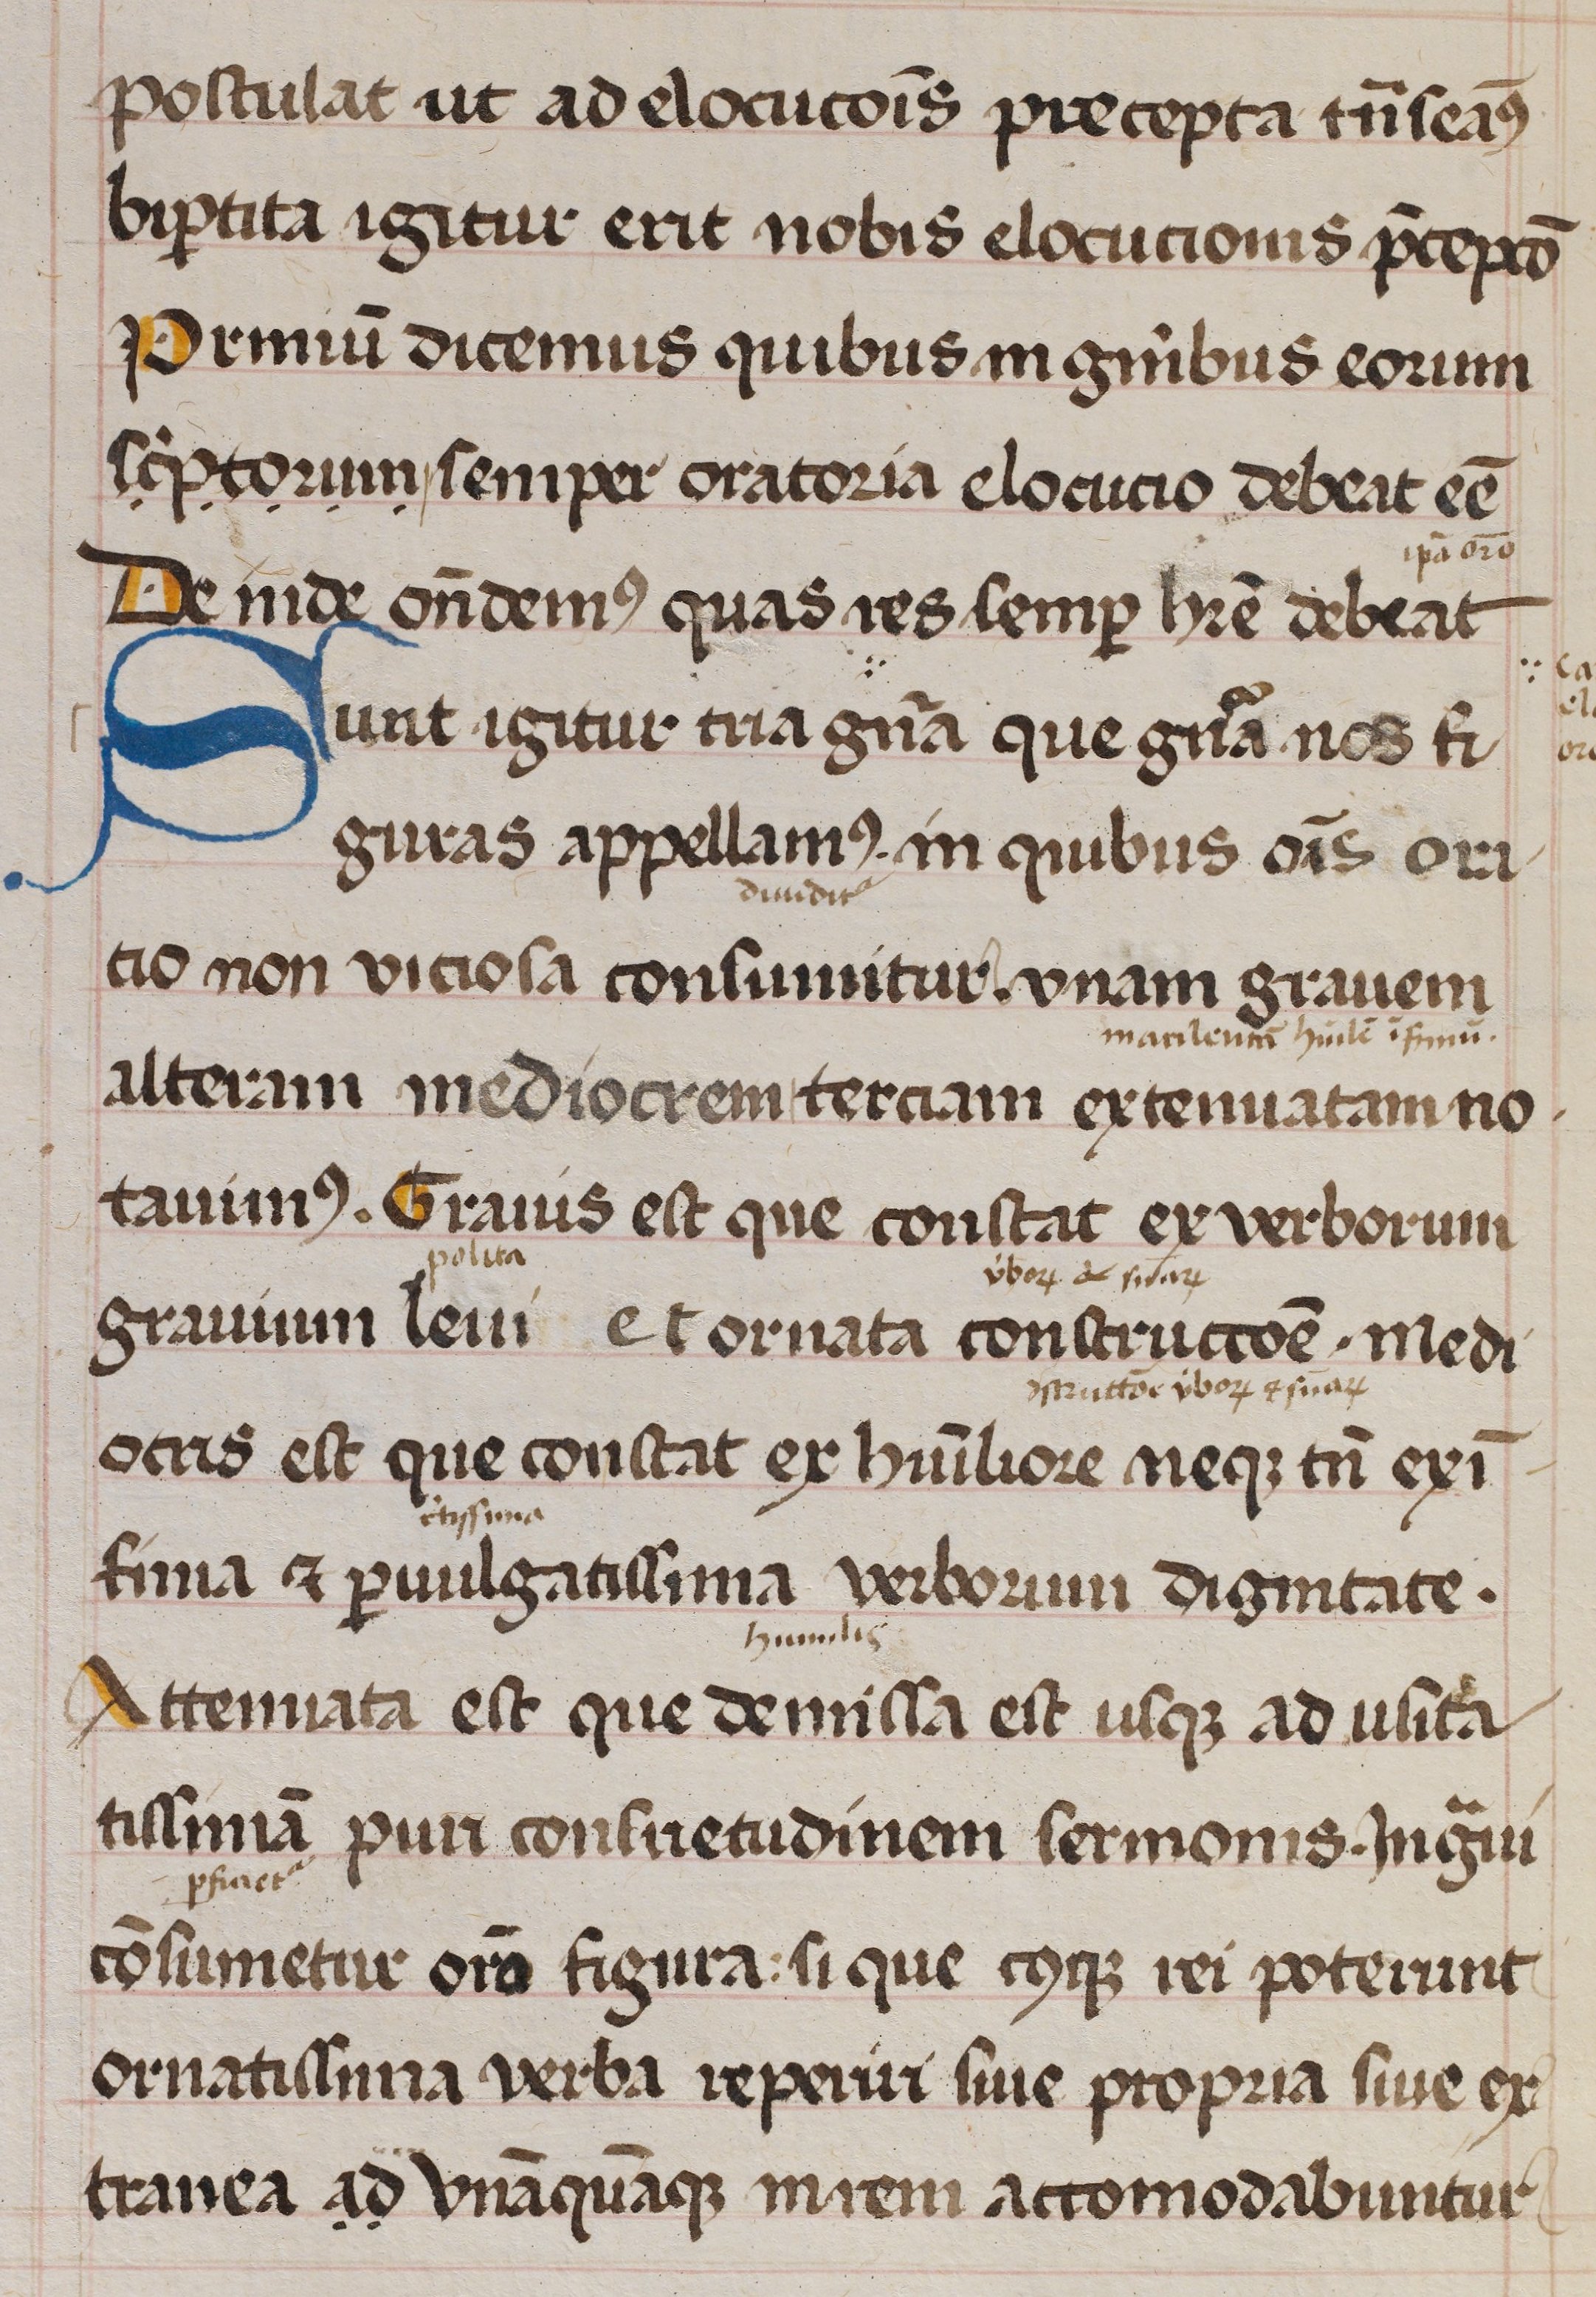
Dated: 1470–1470